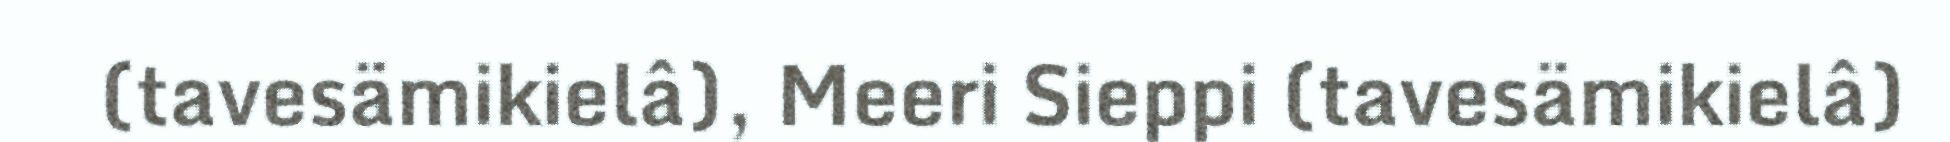
(tavesämikielâ), Meeri Sieppi (tavesämikielâ)